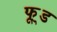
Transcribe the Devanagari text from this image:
फू़्ड